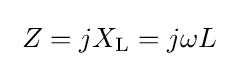
\;Z=jX_{\text{L}}=j\omega L\;